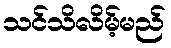
သင်သိလိမ့်မည်